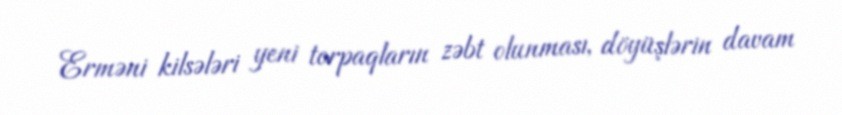
Erməni kilsələri yeni torpaqların zəbt olunması, döyüşlərin davam